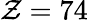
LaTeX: \mathcal{Z}=74